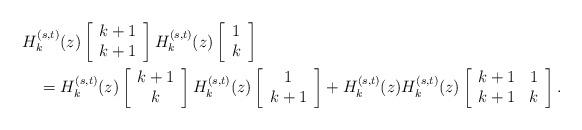
LaTeX: \begin{align*}&H_k^{(s,t)}(z)\left[\begin{array}{c}k+1\\k+1\end{array}\right]H_k^{(s,t)}(z)\left[\begin{array}{c}1\\k\end{array}\right]\\&\quad=H_k^{(s,t)}(z)\left[\begin{array}{c}k+1\\k\end{array}\right]H_k^{(s,t)}(z)\left[\begin{array}{c}1\\k+1\end{array}\right]+H_k^{(s,t)}(z)H_k^{(s,t)}(z)\left[\begin{array}{cc}k+1&1\\k+1&k\end{array}\right].\end{align*}